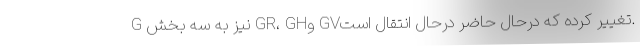
G نیز به سه بخش GR، GHو GVتغییر کرده که درحال حاضر درحال انتقال است.